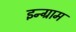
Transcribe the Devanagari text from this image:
इन्ग्राम